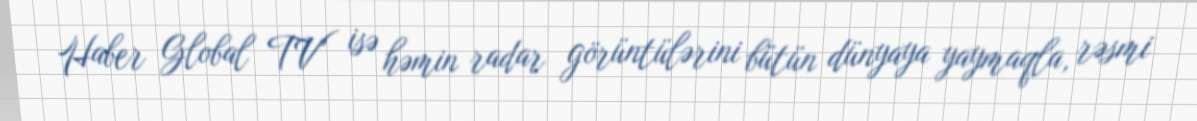
Haber Global TV" isə həmin radar görüntülərini bütün dünyaya yaymaqla, rəsmi